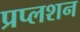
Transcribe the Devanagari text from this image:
प्रप्लशन